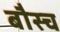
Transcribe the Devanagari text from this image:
बौस्च